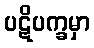
ပဋိပက္ခမှာ